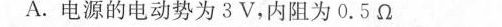
A.电源的电动势为3V，内阻为0.5Ω